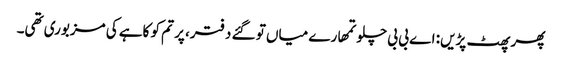
پھر پھٹ پڑیں: اے بی بی چلو تمھارے میاں تو گئے دفتر، پر تم کو کاہے کی مزبوری تھی۔